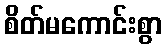
စိတ်မကောင်းစွာ